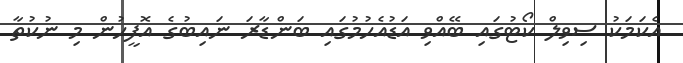
އެކަމަކު ސިވިލް ކޯޓުގައި ބޭއްވި އަޑުއެހުމުގައި ބަންޑާރަ ނައިބުގެ އޮފީހުން މި ނުކުތާ